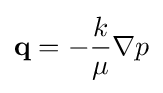
\mathbf {q} =-{\frac {k}{\mu }}\nabla p